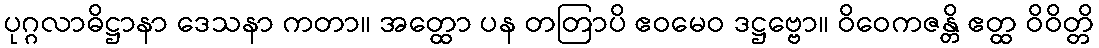
ပုဂ္ဂလာဓိဋ္ဌာနာ ဒေသနာ ကတာ။ အတ္ထော ပန တတြာပိ ဧဝမေဝ ဒဋ္ဌဗ္ဗော။ ဝိဝေကဇန္တိ ဧတ္ထ ဝိဝိတ္တိ